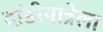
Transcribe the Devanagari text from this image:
दांडीयात्रेला